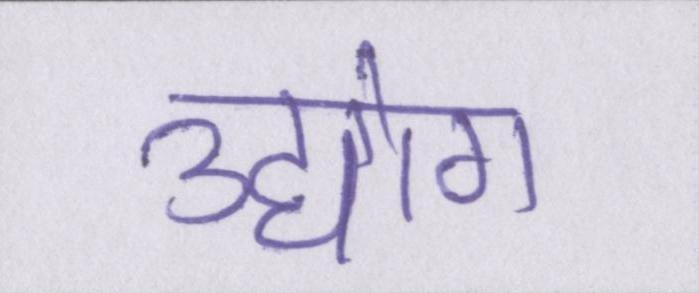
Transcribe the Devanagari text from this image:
उद्योग